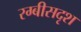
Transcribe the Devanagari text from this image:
रग्बीसदृश